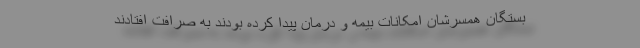
بستگان همسرشان امکانات بیمه و درمان پیدا کرده بودند به صرافت افتادند